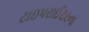
ટાઇપરાઈટરના